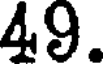
49.